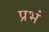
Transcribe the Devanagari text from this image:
प्रभं